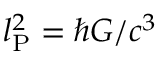
l _ { \mathrm { P } } ^ { 2 } = \hbar G / c ^ { 3 }